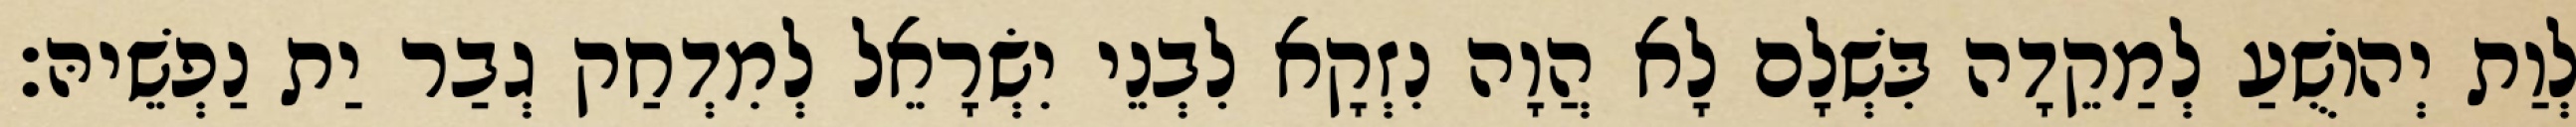
לְוַת יְהוֹשֻׁעַ לְמַקֵדָה בִּשְׁלָם לָא הֲוָה נִזְקָא לִבְנֵי יִשְׂרָאֵל לְמִדְחַק גְבַר יַת נַפְשֵׁיהּ׃